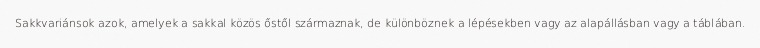
Sakkvariánsok azok, amelyek a sakkal közös őstől származnak, de különböznek a lépésekben vagy az alapállásban vagy a táblában.